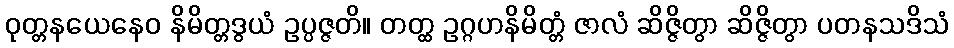
ဝုတ္တနယေနေဝ နိမိတ္တဒွယံ ဥပ္ပဇ္ဇတိ။ တတ္ထ ဥဂ္ဂဟနိမိတ္တံ ဇာလံ ဆိဇ္ဇိတွာ ဆိဇ္ဇိတွာ ပတနသဒိသံ